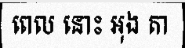
ពេល នោះ អុង តា